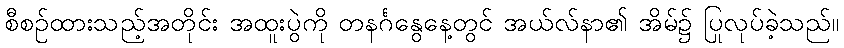
စီစဉ်ထားသည့်အတိုင်း အထူးပွဲကို တနင်္ဂနွေနေ့တွင် အယ်လ်နာ၏ အိမ်၌ ပြုလုပ်ခဲ့သည်။